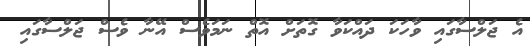
އެ ޖަލްސާގައި ވާހަކަ ދައްކަވާ ގޮތަށް އޮތް ނަމަވެސް އޭނާ ވެސް ޖަލްސާގައި